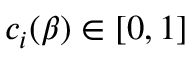
c _ { i } ( \beta ) \in [ 0 , 1 ]